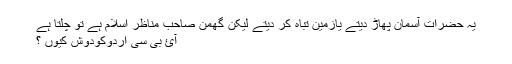
یہ حضرات آسمان پھاڑ دیتے یازمین تباہ کر دیتے لیکن گھمن صاحب مناظر اسلام ہے تو چلتا ہے
آئ بی سی اردوکودوش کیوں ؟